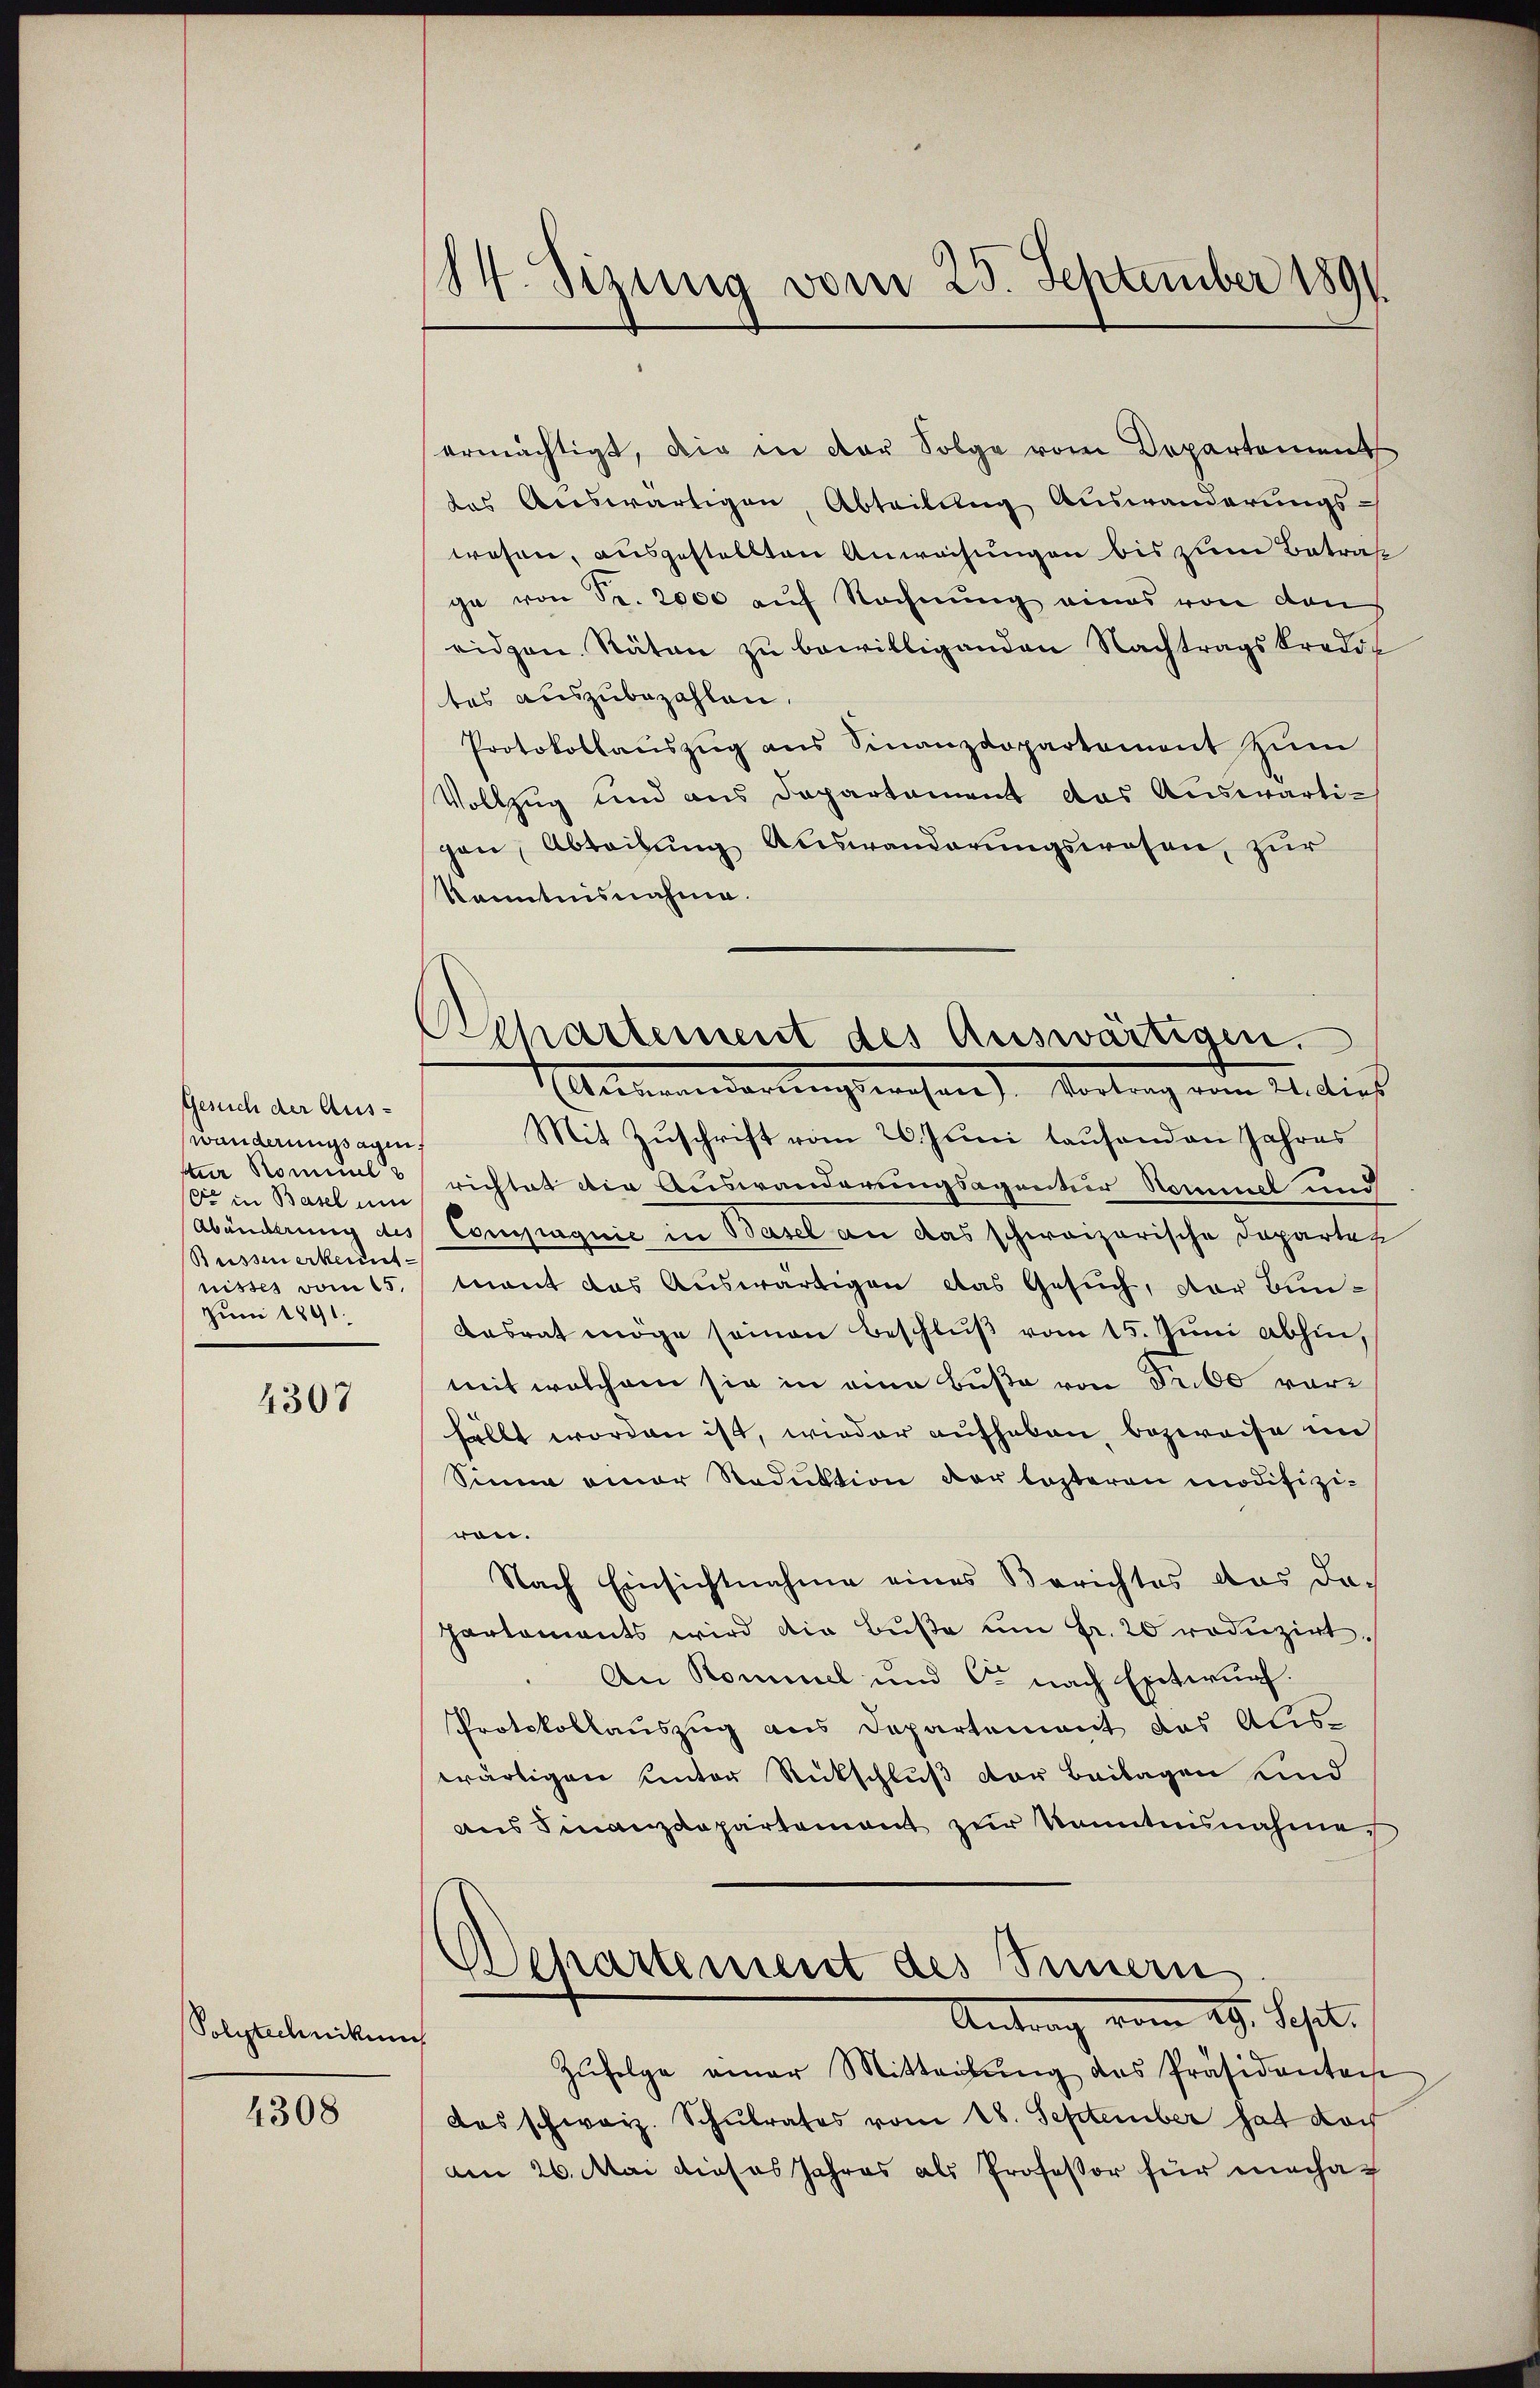
Gesuch der Aus-
wunderungsagen,
tter Kommel
de in Basel um
Suissenerkennt
nisses vom 15.
Juni 1891.

4307

Polytechnikum
4308

114. Sizung vom 25. September 1891.

tchartement des Auswärtigen.
Annemanderungswesen), Vortrag vom 21. dieß

ermächtigt, die in der Folge vom Departement
des Auswärtigen, Abteilung Auswanderungswesen, ausgestellten Anwachungen bis zum Betraf
ge von Fr. 2000 auf Rechnung eines von den
eidgen. Räten zu bewilligenden Nachtragskredit
tes auszubezahlen.
Protokollaŭszŭg ans Finanzdepartement zŭm
Vollzug und aus Departement das Auswärtigen, Abteilung Auswanderungswesen, zur
Kenntnisnahme.
Mit Zuschrift vom 26. Juni lausenden Jahres
richtet die Auswanderungsagentur Nominel und
Abänderung des Compagnie in Basel an das schweizerische Departen
tnant das Auswärtigen das Gesuch, der Bun¬
Basrat möge seinen Beschluß vom 15. Juni abhin,
mit welchem sie in eine Buße von Fr. 60 vorfällt worden ist, wieder aufhaben, bezweife im
Sinne einer Reduktion der losteren modifiziron.
Nach Einsichtnahme eines Berichtes das da-
Parlaments wird die Bŭβe ŭm fr. 20 roduzirt.
An Kommel und C. nach Entwurf.
Protokollauszug aus Departement das Auswärtigen unter Rückschluß der Beilagen sind
aus Finanzdepartement zur Kenntnisnahmer
Achartement des Innern
Antrag vom 29. Jesuit.
e
Zŭfolge einer Mitteilŭng des Präsidenten
das schweiz. Schulrates vom 18. September hat doch
am 26. Mai dieses Jahres als Professor für mecha¬